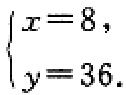
\(\begin{cases}

x = 8, \\

y = 36.

\end{cases}\)